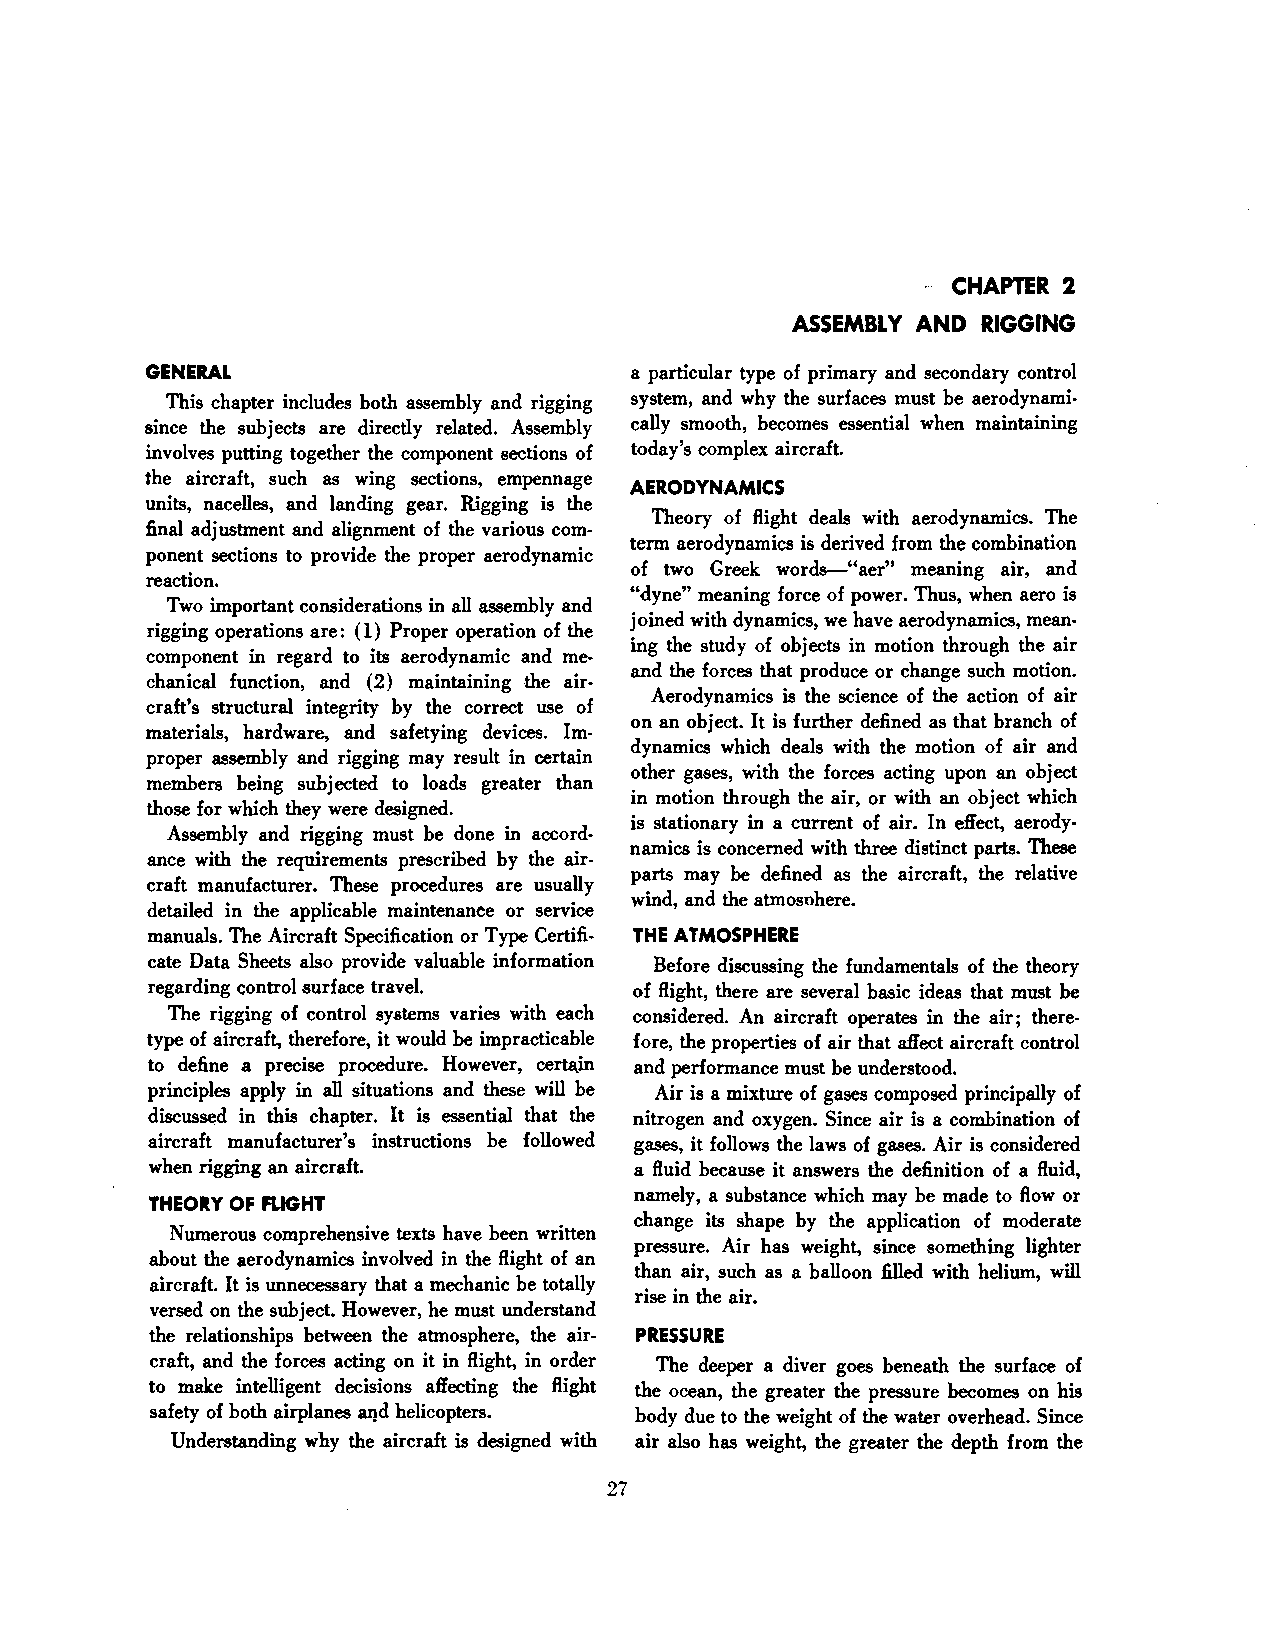
CHAPTER 2
 ASSEMBLY AND RIGGING
 GENERAL                         a particular type of primary and secondary control
 This chapter includes both assembly and rigging system, and why the surfaces must be aerodynami
 since the subjects are directly related. Assembly cally smooth, becomes essential when maintaining
 involves putting together the component sections of today's complex aircraft.
 the aircraft, such as wing sections, empennage
 AERODYNAMICS
 units, nacelles, and landing gear. Rigging is the
 Theory of flight deals with aerodynamics. The
 final adjustment and alignment of the various com
 term aerodynamics is derived from the combination
 ponent sections to provide the proper aerodynamic
 of two Greek words--"aer" meaning air, and
 reaction.
 "dyne" meaning force of power. Thus, when aero is
 Two important considerations in all assembly and
 joined with dynamics, we have aerodynamics, mean
 rigging operations are: ( 1) Proper operation of the
 ing the study of objects in motion through the air
 component in regard to its aerodynamic and me
 and the forces that produce or change such motion.
 chanical function, and (2) maintaining the air
 Aerodynamics is the science of the action of air
 craft's structural integrity by the correct use of
 on an object. It is further defined as that branch of
 materials, hardware, and safetying devices. Im
 dynamics which deals with the motion of air and
 proper assembly and rigging may result in certain
 other gases, with the forces acting upon an object
 members being subjected to loads greater than
 in motion through the air, or with an object which
 those for which they were designed.
 is stationary in a current of air. In effect, aerody
 Assembly and rigging must be done in accord
 namics is concerned with three distinct parts. These
 ance with the requirements prescribed by the air
 parts may be defined as the aircraft, the relative
 craft manufacturer. These procedures are usually
 wind, and the atmosnhere.
 detailed in the applicable maintenance or service
 manuals. The Aircraft Specification or Type Certifi THE ATMOSPHERE
 cate Data Sheets also provide valuable information Before discussing the fundamentals of the theory
 regarding control surface travel. of flight, there are several basic ideas that must be
 The rigging of control syatems varies with each considered. An aircraft operates in the air; there
 type of aircraft, therefore, it would be impracticable fore, the properties of air that affect aircraft control
 to define a precise procedure. However, certa.in and performance must be understood.
 principles apply in all situations and these will be Air is a mixture of gases composed principally of
 disc~d in this chapter. It is essential that the nitrogen and oxygen. Since air is a combination of
 aircraft manufacturer's instructions be followed gases, it follows the laws of gases. Air is considered
 when rigging an aircraft.       a fluid because it answers the definition of a fluid,
 namely, a substance which may be made to flow or
 THEORY OF FLIGHT
 change its shape by the application of moderate
 Numerous comprehensive texts have been written
 pressure. Air has weight, since something lighter
 about the aerodynamics involved in the flight of an
 than air, such as a balloon filled with helium, will
 aircraft. It is unnecessary that a mechanic be totally
 rise in the air.
 versed on the subjecL However, he must understand
 the relationships between the atmosphere, the air PRESSURE
 craft, and the forces acting on it in flight, in order The deeper a diver goes beneath the surface of
 to make intelligent decisions affecting the flight the ocean, the greater the pressure becomes on his
 safety of both airplanes al!d helicopters. body due to the weight of the water overhead. Since
 Understanding why the aircraft is designed with air also has weight, the greater the depth from the
 27